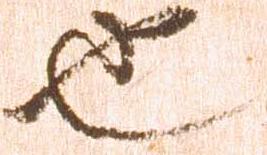
也